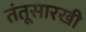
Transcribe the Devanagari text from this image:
तंतूसारखी